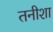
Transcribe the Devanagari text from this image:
तनीशा